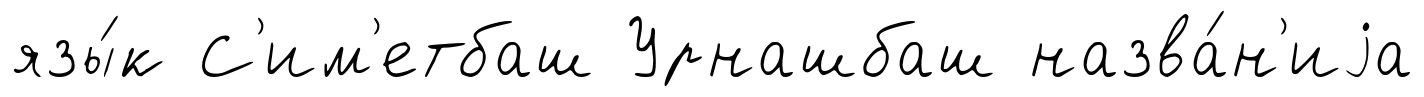
язы́к С'им'етбаш Урнашбаш назва́н'иjа